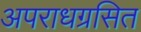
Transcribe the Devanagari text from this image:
अपराधग्रसित